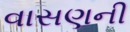
વાસણની